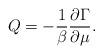
LaTeX: \begin{align*}Q = - \frac{1}{\beta} {\partial \Gamma \over \partial \mu} .\end{align*}